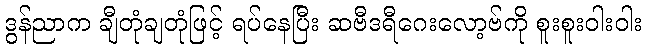
ဒွန်ညာက ချီတုံချတုံဖြင့် ရပ်နေပြီး ဆဗီဒရီဂေးလော့ဗ်ကို စူးစူးဝါးဝါး